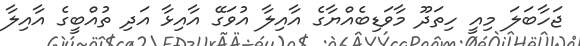
ޖަހާބަލަ މިއީ ހިތަދޫ މާވަޑިބެއްޔާގެ އާއިލާ އުވަގޭ އާއިޅާ އަދި ތުއްބީގެ އާއިލާ